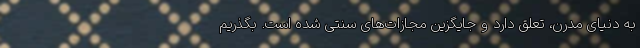
به دنیای مدرن، تعلق دارد و جایگزین مجازات‌های سنتی شده‌ است. بگذریم